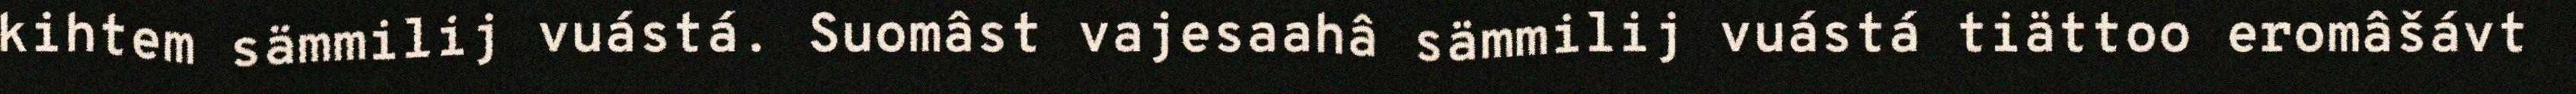
kihtem sämmilij vuástá. Suomâst vajesaahâ sämmilij vuástá tiättoo eromâšávt